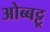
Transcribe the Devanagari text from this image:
ओब्बट्टू